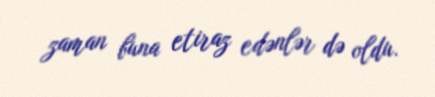
zaman buna etiraz edənlər də oldu.